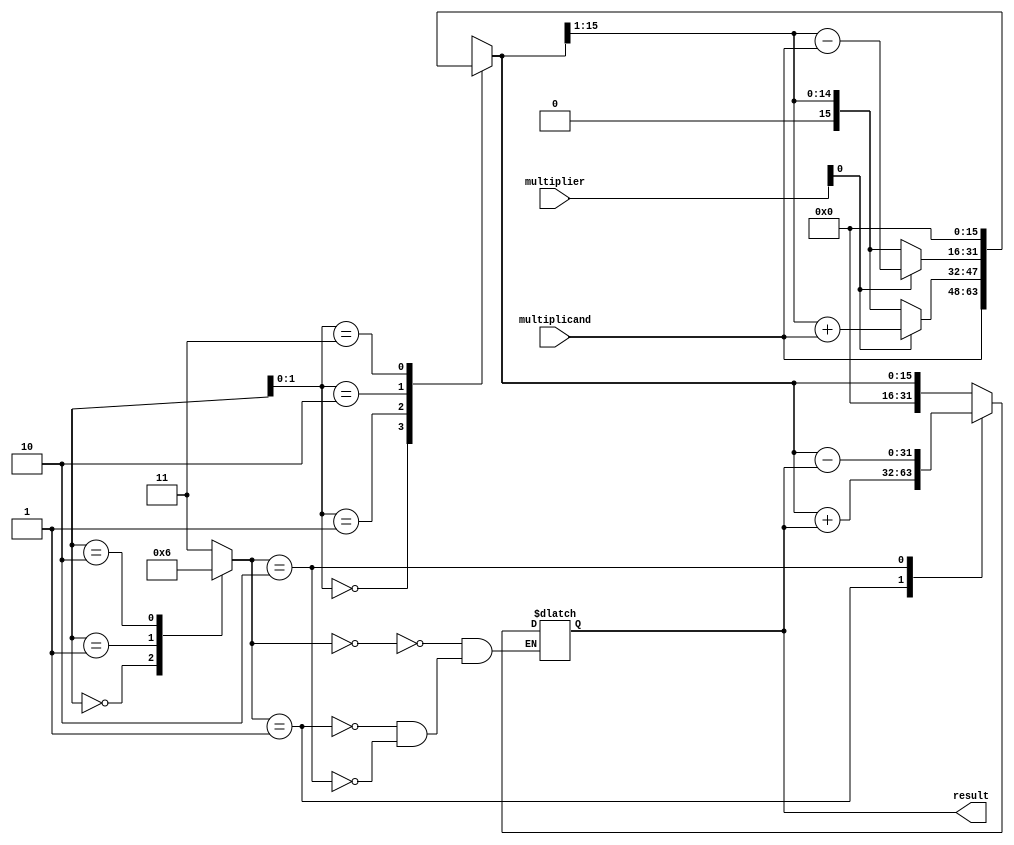
module BoothMultiplier(
    input [15:0] multiplicand,
    input [15:0] multiplier,
    output reg [31:0] result
);

reg [15:0] partial_product;
reg [4:0] count;
reg [1:0] control_signal;

always @ (multiplicand, multiplier, count)
begin
    case (count[1:0])
        2'b00: partial_product <= {16'b0, multiplicand};
        2'b01: 
            begin
                if (multiplier[0] == 1'b0)
                    partial_product <= partial_product >> 1;
                else
                    partial_product <= (partial_product >> 1) + multiplicand;
            end
        2'b10: 
            begin
                if (multiplier[0] == 1'b0)
                    partial_product <= partial_product >> 1;
                else
                    partial_product <= (partial_product >> 1) - multiplicand;
            end
        2'b11: partial_product <= 16'b0;
    endcase
end

always @ (*)
begin
    case (count)
        0: control_signal = 2'b00;
        1: control_signal = 2'b01;
        2: control_signal = 2'b10;
        default: control_signal = 2'b11;
    endcase
end

always @ (control_signal)
begin
    case (control_signal)
        2'b00: result <= {16'b0, partial_product};
        2'b01: result <= {16'b0, partial_product} + result;
        2'b10: result <= {16'b0, partial_product} - result;
        default: result <= result;
    endcase
end

endmodule